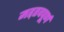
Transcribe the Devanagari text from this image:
मह़तवपूर्ण